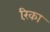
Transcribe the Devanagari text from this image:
रिंका